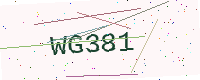
Text: WG381